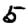
Digit: 5